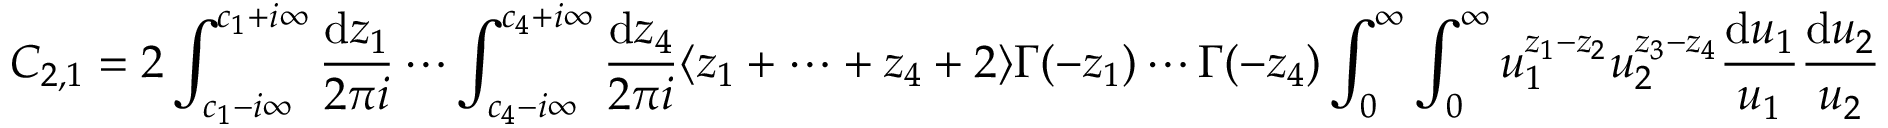
C _ { 2 , 1 } = 2 \int _ { c _ { 1 } - i \infty } ^ { c _ { 1 } + i \infty } \frac { \mathrm { d } z _ { 1 } } { 2 \pi i } \cdots \int _ { c _ { 4 } - i \infty } ^ { c _ { 4 } + i \infty } \frac { \mathrm { d } z _ { 4 } } { 2 \pi i } \langle z _ { 1 } + \cdots + z _ { 4 } + 2 \rangle \Gamma ( - z _ { 1 } ) \cdots \Gamma ( - z _ { 4 } ) \int _ { 0 } ^ { \infty } \int _ { 0 } ^ { \infty } u _ { 1 } ^ { z _ { 1 } - z _ { 2 } } u _ { 2 } ^ { z _ { 3 } - z _ { 4 } } \frac { \mathrm { d } u _ { 1 } } { u _ { 1 } } \frac { \mathrm { d } u _ { 2 } } { u _ { 2 } }